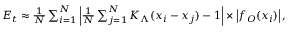
\begin{array} { r } { { \cal { E } } _ { t } \approx \frac { 1 } { N } \sum _ { i = 1 } ^ { N } \left| \frac { 1 } { N } \sum _ { j = 1 } ^ { N } K _ { \Lambda } ( x _ { i } - x _ { j } ) - 1 \right| \times \left| f _ { O } ( x _ { i } ) \right| , } \end{array}